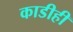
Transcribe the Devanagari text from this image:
काडीही